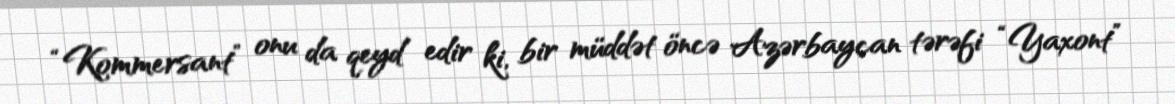
“Kommersant” onu da qeyd edir ki, bir müddət öncə Azərbaycan tərəfi “Yaxont”